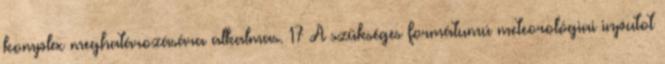
komplex meghatározására alkalmas. 17 A szükséges formátumú meteorológiai inputot